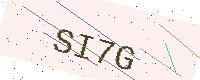
Text: SI7G